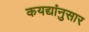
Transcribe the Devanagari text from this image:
कयद्यांनुसार